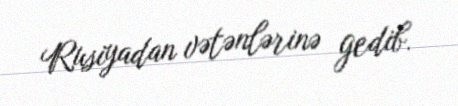
Rusiyadan vətənlərinə gedib.